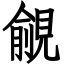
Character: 覦